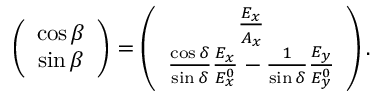
\begin{array} { r } { \left( \begin{array} { c } { \cos \beta } \\ { \sin \beta } \end{array} \right) = \left( \begin{array} { c } { \frac { E _ { x } } { A _ { x } } } \\ { \frac { \cos \delta } { \sin \delta } \frac { E _ { x } } { E _ { x } ^ { 0 } } - \frac { 1 } { \sin \delta } \frac { E _ { y } } { E _ { y } ^ { 0 } } } \end{array} \right) . } \end{array}